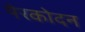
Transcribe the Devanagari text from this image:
पेरकोदन